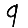
Digit: 9